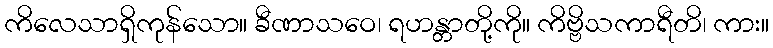
ကိလေသာရှိကုန်သော။ ခီဏာသဝေ၊ ရဟန္တာတို့ကို။ ကိဗ္ဗိသကာရီတိ၊ ကား။